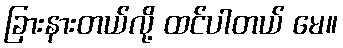
ခြားနားတယ်လို့ ထင်ပါတယ် မေ။